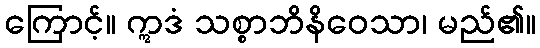
ကြောင့်။ ဣဒံ သစ္စာဘိနိဝေသာ၊ မည်၏။